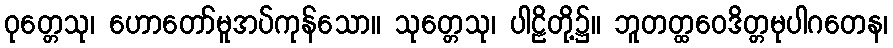
ဝုတ္တေသု၊ ဟောတော်မူအပ်ကုန်သော။ သုတ္တေသု၊ ပါဠိတို့၌။ ဘူတတ္ထဝေဒိတ္တမုပါဂတေန၊